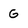
Character: G